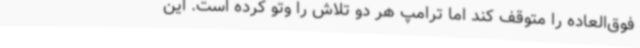
فوق‌العاده را متوقف کند اما ترامپ هر دو تلاش را وتو کرده است. این